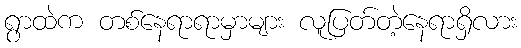
ရွာထဲက တစ်နေရာရာမှာများ လူပြတ်တဲ့နေရာရှိလား